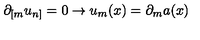
\partial _ { [ m } u _ { n ] } = 0 \rightarrow u _ { m } ( x ) = \partial _ { m } a ( x )